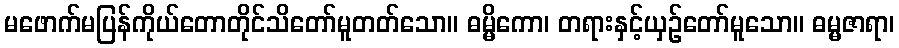
မဖောက်မပြန်ကိုယ်တောတိုင်သိတော်မူတတ်သော။ ဓမ္မိကော၊ တရားနှင့်ယှဉ်တော်မူသော။ ဓမ္မဇာရာ၊